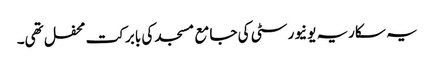
یہ سکاریہ یونیورسٹی کی جامع مسجد کی بابرکت محفل تھی۔